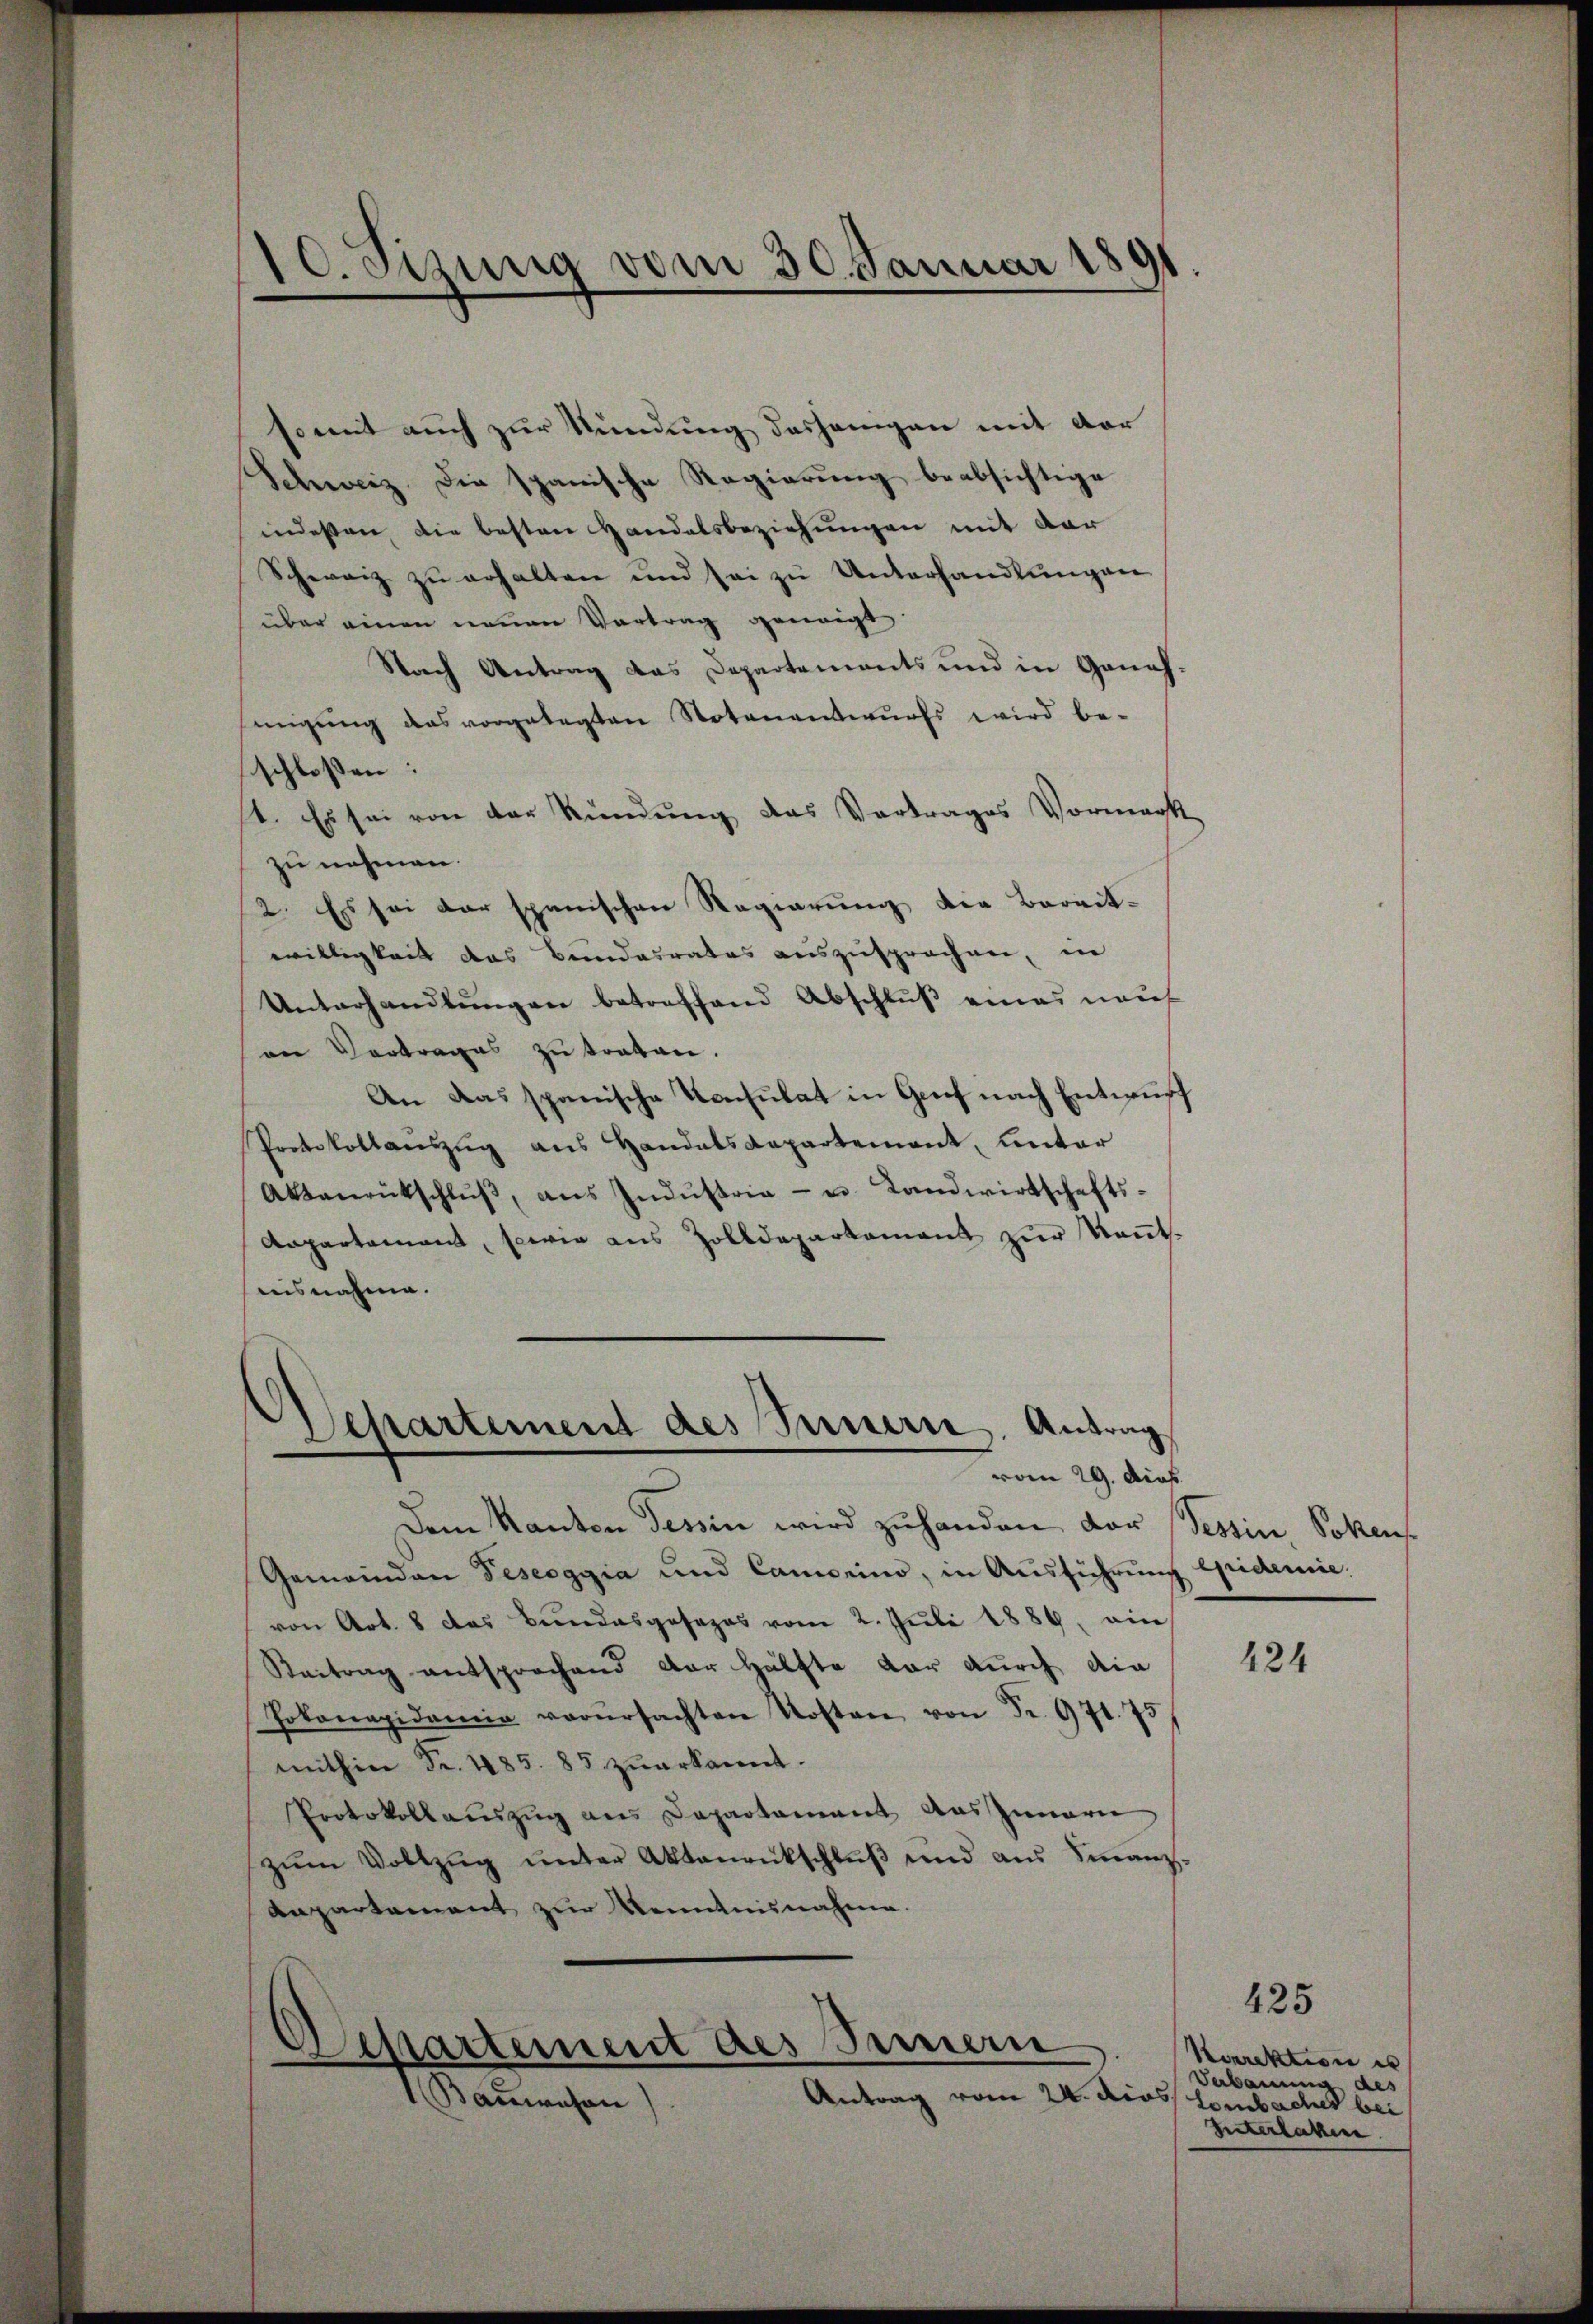
10. Jung vom 30. Januar 18

somit auch zur Kündung desjenigen mit der
Schweiz. Die spanische Regierung beabsichtige
.
indessen die besten Handelsbeziehungen mit dar
Schweiz zu erhalten und sei zu Unterhandlungen
über einen neuen Vortrag geneigt
Nach Antrag das Departements und in Geneh-
migung das vorgelegten Notenentwurfs wird be-
schlossen:
st. Es sei von der Kündung das Vortrages Vormark
zu nehmen.
2. Es sei der spanischen Regierung die Bereit-
willigkeit das Bundesrates auszusprochen, in
Unterhandlungen betreffend Abschluß eines nauf
an Vertrages zu traten.
An das spanische Konsulat in Genf nach Entwurf
Protokollaŭszŭg ans Handelsdepartement, unter
Aktenrütschlŭβ aŭs Indŭstria- u. Landwirtschafts-
Aapartement, sowie aus Zolldepartament zŭr Keṅt-
aisnahme.

Departement des Innern, Antrag
vom 29. Dies

Dem Kanton Tessin wird zuhanden der Tessin Soken¬
Gemeinden Peseoggia und Camerino, in Ausführung epidemie.
von Art. 8 das Bundesgesezes vom 2. Juli 1889, ein
Beitrag entsprochend der Hälfte vor durch die
Hokonapidemie verŭrsachten Kosten von Fr. 971. 75
mithin Fr. 485. 85 zuerkannt.
Protokollaŭszŭg ans Departament das Innern
zŭm Vollzŭg ŭnter Aktenrückschlŭβ ŭnd aŭs Finanz
Anpartement zŭr Kenntnisnahme.

Aepartement des Simmern

Antrag vom 24. dass Lombacht bei
Bauwesen

424

425

Korrektion u
Verbauung des
Interlaken